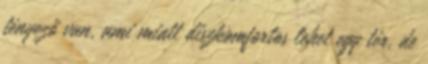
tényező van, ami miatt diszkomfortos lehet egy tér, de